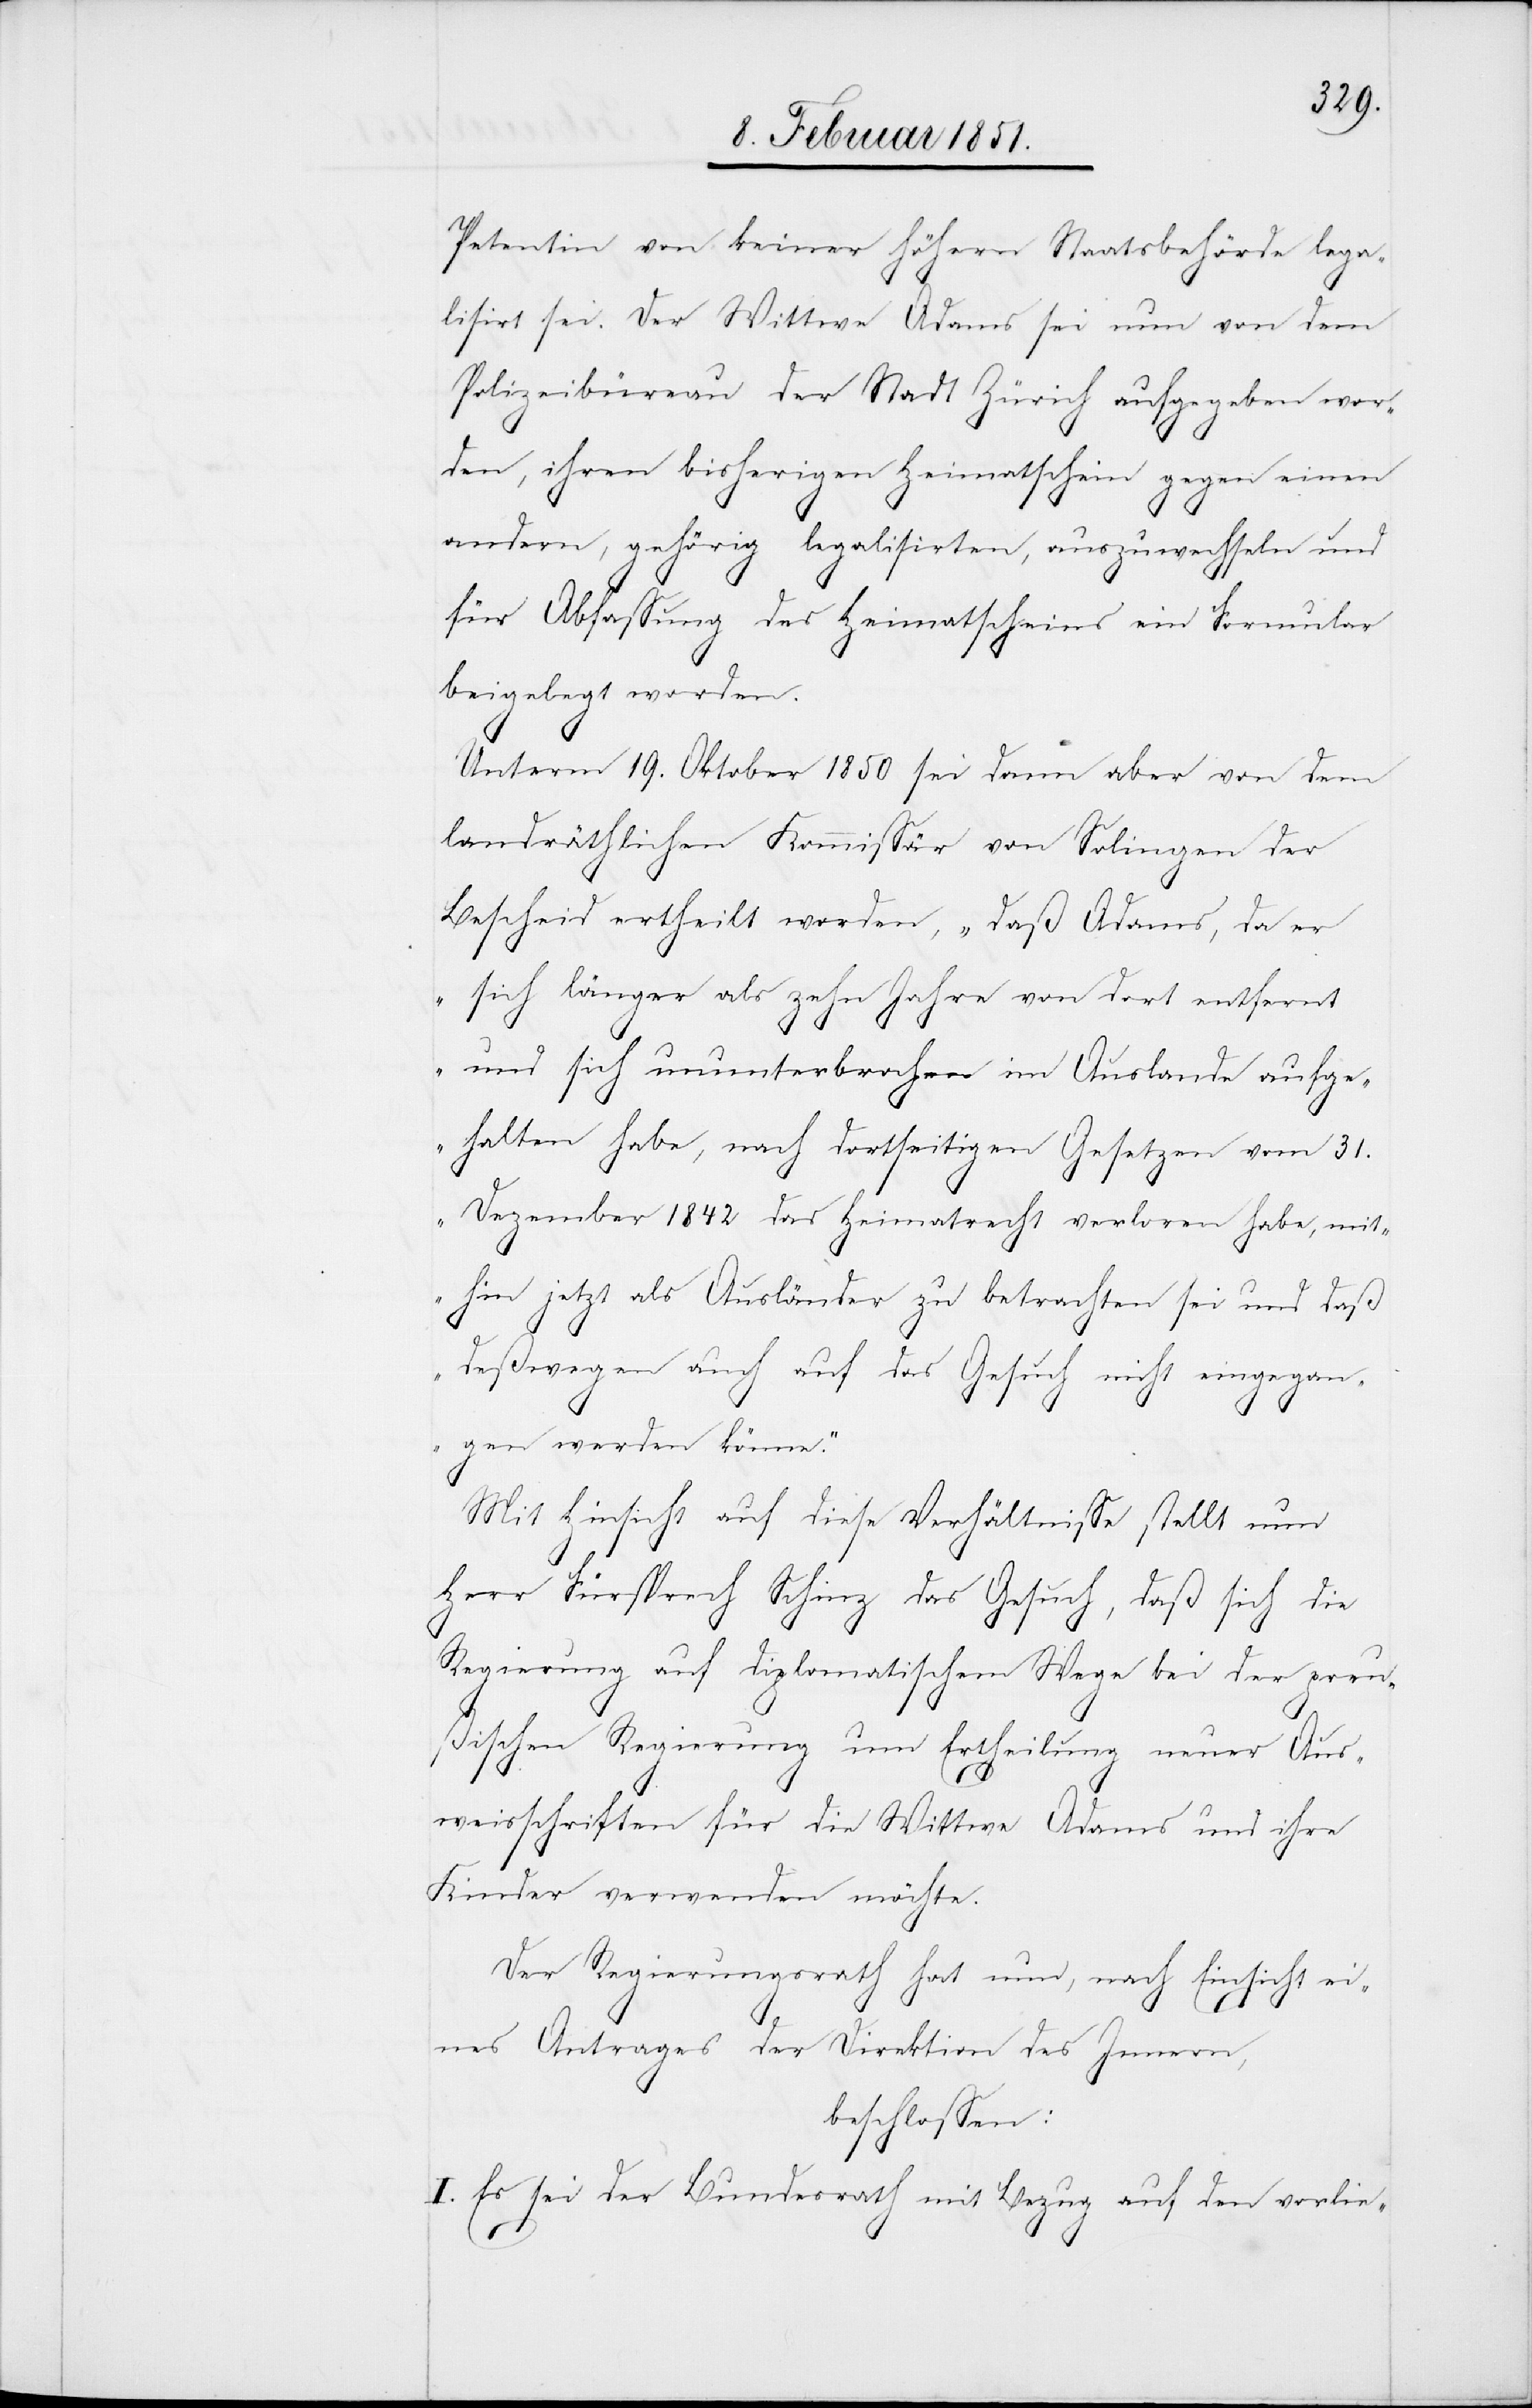
Petentin von keiner höhern Staatsbehörde lega¬
lisirt sei. Der Wittwe Adams sei nun von dem
Polizeibüreau der Stadt Zürich aufgegeben wor¬
den, ihren bisherigen Heimatschein gegen einen
andern, gehörig legalisirten, auszuwechseln und
für Abfassung des Heimatscheins ein Formular
beigelegt worden.
Unterm 19. Oktober 1850 sei dann aber von dem
landräthlichen Kommissär von Solingen der
Bescheid ertheilt worden, „daß Adams, da er
sich länger als zehn Jahre von dort entfernt
und sich ununterbrochen im Auslande aufge¬
halten habe, nach dortseitigen Gesetzen vom 31.
Dezember 1842 das Heimatrecht verloren habe, mit¬
hin jetzt als Ausländer zu betrachten sei und daß
deßwegen auch auf das Gesuch nicht eingegan¬
gen werden könne.“
Mit Hinsicht auf diese Verhältnisse stellt nun
Herr Fürsprech Schinz das Gesuch, daß sich die
Regierung auf diplomatischem Wege bei der preuß¬
ischen Regierung um Ertheilung neuer Aus¬
weisschriften für die Wittwe Adams und ihre
Kinder verwenden möchte.
Der Regierungsrath hat nun, nach Einsicht ei¬
nes Antrages der Direktion des Innern,
beschlossen:
I. Es sei der Bundesrath mit Bezug auf den vorlie-